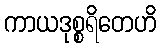
ကာယဒုစ္စရိတေဟိ